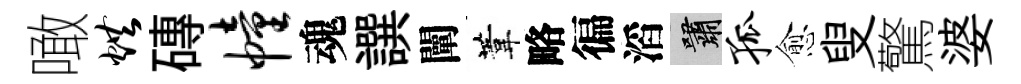
噉烘磚幢魂譔闡葦略徧滔嘯孤愈叟驚婆